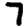
Digit: 7